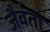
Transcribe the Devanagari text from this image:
जैवंता